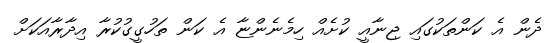
ދެން އެ ކަންތަކުގައި ޖިނާއީ ކުށެއް ހިމެނެންޏާ އެ ކަން ތަހުގީގުކުރާ އިދާރާއަކަށް